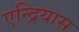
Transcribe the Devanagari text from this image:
एन्द्रियास